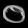
Digit: ၀